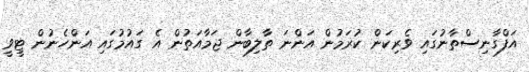
އަފްގާނިސްތާނުގައި ވެރިކަން ކުރަމުން އަންނަ ތާލިބާން ޖަމާއަތުން އެ ގައުމުގައި އަންހެނުން ޓީވީ